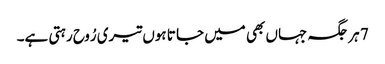
7 ہر جگہ جہاں بھی میں جا تا ہوں تیری رُوح رہتی ہے۔